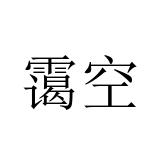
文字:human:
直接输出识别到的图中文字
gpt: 霭空